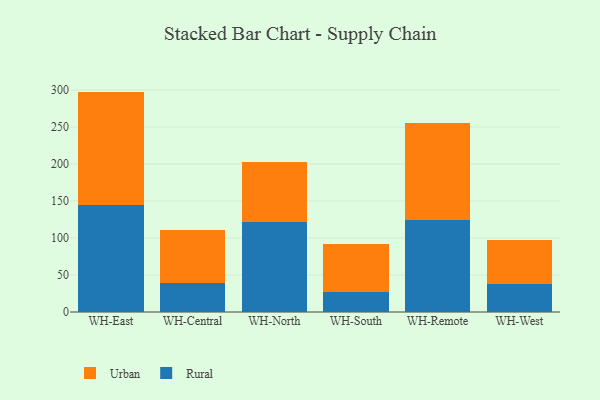
{"axis": {"x": "Warehouse", "y": "Active Users"}, "legend": ["Rural", "Urban"], "data": [{"x": "WH-East", "y": 145.0, "type": "Rural"}, {"x": "WH-East", "y": 152.9, "type": "Urban"}, {"x": "WH-Central", "y": 39.2, "type": "Rural"}, {"x": "WH-Central", "y": 71.1, "type": "Urban"}, {"x": "WH-North", "y": 122.0, "type": "Rural"}, {"x": "WH-North", "y": 80.6, "type": "Urban"}, {"x": "WH-South", "y": 27.1, "type": "Rural"}, {"x": "WH-South", "y": 64.8, "type": "Urban"}, {"x": "WH-Remote", "y": 124.2, "type": "Rural"}, {"x": "WH-Remote", "y": 131.7, "type": "Urban"}, {"x": "WH-West", "y": 37.2, "type": "Rural"}, {"x": "WH-West", "y": 60.6, "type": "Urban"}]}